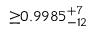
{ \geq } 0 . 9 9 8 5 _ { - 1 2 } ^ { + 7 }